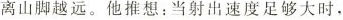
离山脚越远。他推想：当射出速度足够大时，